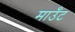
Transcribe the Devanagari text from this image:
माउँट